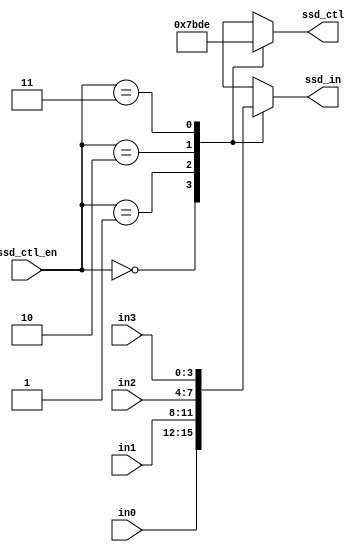
`timescale 1ns / 1ps
//////////////////////////////////////////////////////////////////////////////////
// Company: 
// Engineer: 
// 
// Design Name: 
// Module Name: scan_ctl
// Project Name: 
// Target Devices: 
// Tool Versions: 
// Description: 
// 
// Dependencies: 
// 
// Revision:
// Revision 0.01 - File Created
// Additional Comments:
// 
//////////////////////////////////////////////////////////////////////////////////

module scan_ctl(
    ssd_ctl,    //ssd display control signal
    ssd_in,     //output to ssd display
    in0,        //1st input
    in1,        //2nd input
    in2,        //3rd input
    in3,        //4th input
    ssd_ctl_en  //divided clock for scan control
);

output [3:0] ssd_in;
output [3:0] ssd_ctl;
input [3:0] in0, in1, in2, in3;
input [1:0] ssd_ctl_en;
reg [3:0] ssd_in;
reg [3:0] ssd_ctl;

always @*
    case (ssd_ctl_en)
    2'b00:
    begin
        ssd_ctl = 4'b0111;
        ssd_in = in0;
    end
    2'b01:
    begin
        ssd_ctl = 4'b1011;
        ssd_in = in1;
    end
    2'b10:
    begin
        ssd_ctl = 4'b1101;
        ssd_in = in2;
    end
    2'b11:
    begin
        ssd_ctl = 4'b1110;
        ssd_in = in3;
    end
    default:
    begin
        ssd_ctl = 4'b0000;
        ssd_in = in0;
    end
    endcase
endmodule